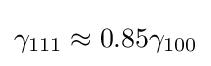
\gamma _{111}\approx 0.85\gamma _{100}